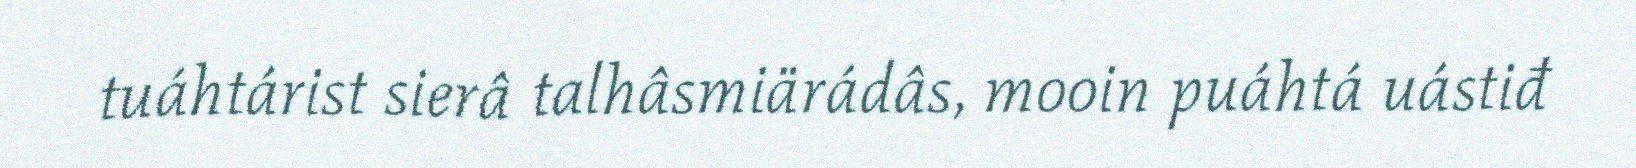
tuáhtárist sierâ talhâsmiärádâs, mooin puáhtá uástiđ